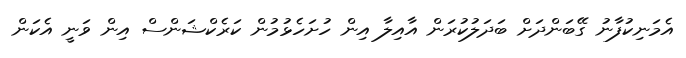
އެމަނިކުފާނު ގޭބަންދަށް ބަދަލުކުރަން އާއިލާ އިން ހުށަހެޅުމުން ކަރެކްޝަންސް އިން ވަނީ އެކަން